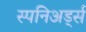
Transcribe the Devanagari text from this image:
स्पनिअर्ड्स